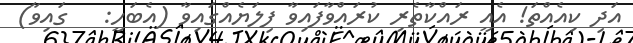
އަދި ކިއެއްތަ! އެއީ ރައްކާތެރި ކުރައްވާފައިވާ ފިލަޔެއްގައިވާ (އެބަހީ:   ގައިވާ)